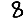
Digit: 8